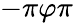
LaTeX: -\pi\le\varphi\le\pi